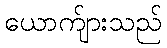
ယောက်ျားသည်